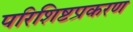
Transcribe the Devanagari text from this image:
परिशिष्टप्रकरण